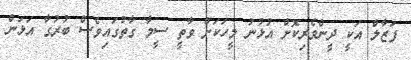
ފަޒާލް އަކީ ދީންވެރިކޮށް އުޅުނު މީހަކަށް ވާތީ ސީމާ ގާތުގައިވެސް ބުރުގާ އަޅަން